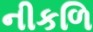
નીકળિ